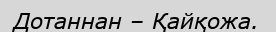
Дотаннан – Қайқожа.